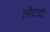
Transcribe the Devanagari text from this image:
लौटादी